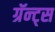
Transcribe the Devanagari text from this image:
ग्रॅन्ट्स